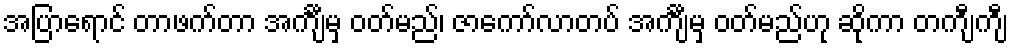
အပြာရောင် တာဖက်တာ အင်္ကျီမှ ဝတ်မည်၊ ဇာကော်လာတပ် အင်္ကျီမှ ဝတ်မည်ဟု ဆိုကာ တကျီကျီ